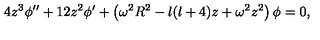
4 z ^ { 3 } \phi ^ { \prime \prime } + 1 2 z ^ { 2 } \phi ^ { \prime } + \left( \omega ^ { 2 } R ^ { 2 } - l ( l + 4 ) z + \omega ^ { 2 } z ^ { 2 } \right) \phi = 0 ,